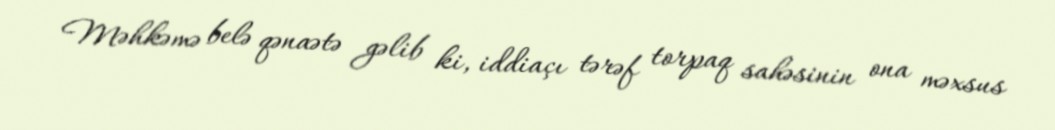
Məhkəmə belə qənaətə gəlib ki, iddiaçı tərəf torpaq sahəsinin ona məxsus